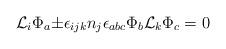
LaTeX: \begin{align*}{\cal L}_i{\Phi}_a {\pm} {\epsilon}_{ijk} n_j{\epsilon}_{abc}{\Phi}_b{\cal L}_k{\Phi}_c = 0 \end{align*}